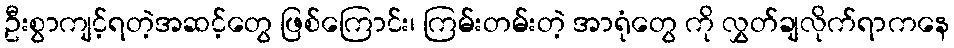
ဦးစွာကျင့်ရတဲ့အဆင့်တွေ ဖြစ်ကြောင်း၊ ကြမ်းတမ်းတဲ့ အာရုံတွေ ကို လွှတ်ချလိုက်ရာကနေ